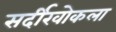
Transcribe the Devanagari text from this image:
सर्दीखोकला